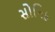
સોનિક